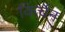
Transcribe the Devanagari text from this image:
किर्चेन